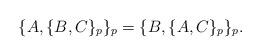
LaTeX: \begin{align*}\{A,\{B,C\}_{p}\}_{p}=\{B,\{A,C\}_{p}\}_{p}.\end{align*}